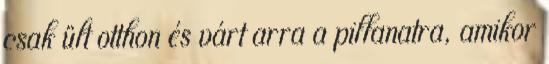
csak ült otthon és várt arra a pillanatra, amikor